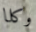
وكلا